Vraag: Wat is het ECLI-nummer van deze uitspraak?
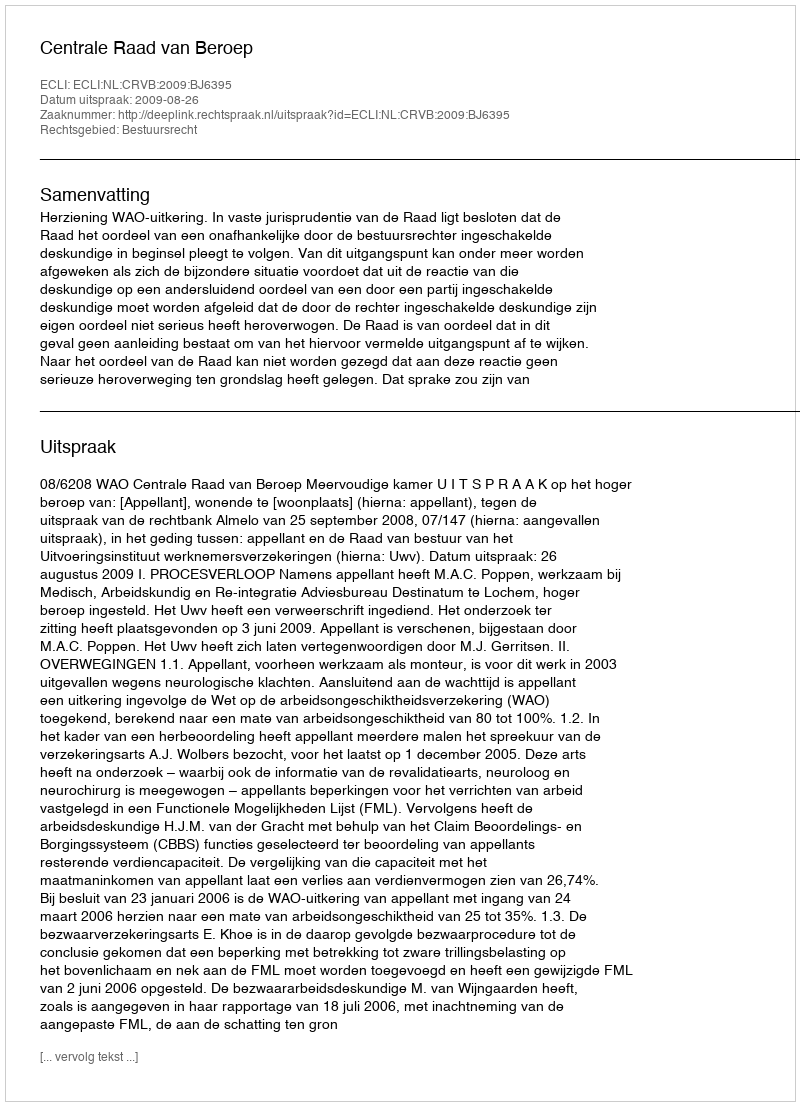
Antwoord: ECLI:NL:CRVB:2009:BJ6395